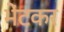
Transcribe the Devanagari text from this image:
भेंटकर